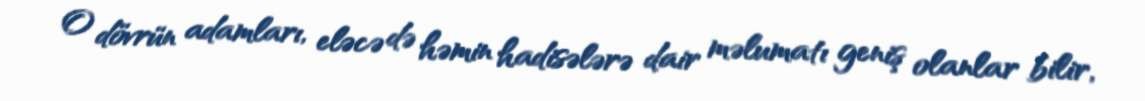
O dövrün adamları, eləcə də həmin hadisələrə dair məlumatı geniş olanlar bilir,